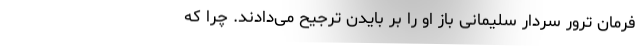
فرمان ترور سردار سلیمانی باز او را بر بایدن ترجیح می‌دادند. چرا که